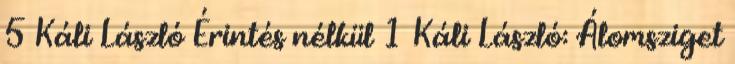
5 Káli László Érintés nélkül 1 Káli László: Álomsziget